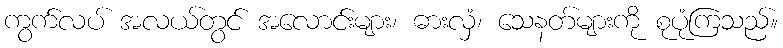
ကွက်လပ် အလယ်တွင် အလောင်းများ၊ ဓားလှံ၊ သေနတ်များကို စုပုံကြသည်။